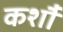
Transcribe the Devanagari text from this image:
कर्शौ